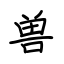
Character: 兽